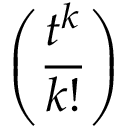
\left( { \frac { t ^ { k } } { k ! } } \right)